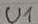
Text: U1